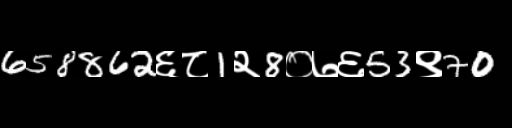
Text: 658862६८1२8०७६53९70